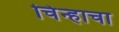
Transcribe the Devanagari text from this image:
चिंन्हाचा